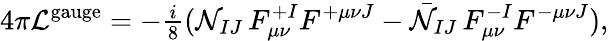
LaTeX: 4\pi{\cal L}^{\mathrm{gauge}}=-{\textstyle{\frac{i}{8}}}({\cal N}_{IJ}\, F_{\mu\nu}^{+I}F^{+\mu\nu J}-\bar{\cal N}_{IJ}\, F_{\mu\nu}^{-I}F^{-\mu\nu J}),